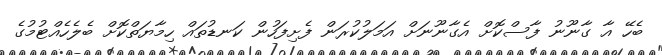
ބެހޭ އާ ގާނޫނު ފާސްކޮށް އެގާނޫނަށް އަމަލުކުރަން ފެށިފަހުން ކަނޑުތައް ހިމާޔަތްކޮށް ބެލެހެއްޓުމުގެ